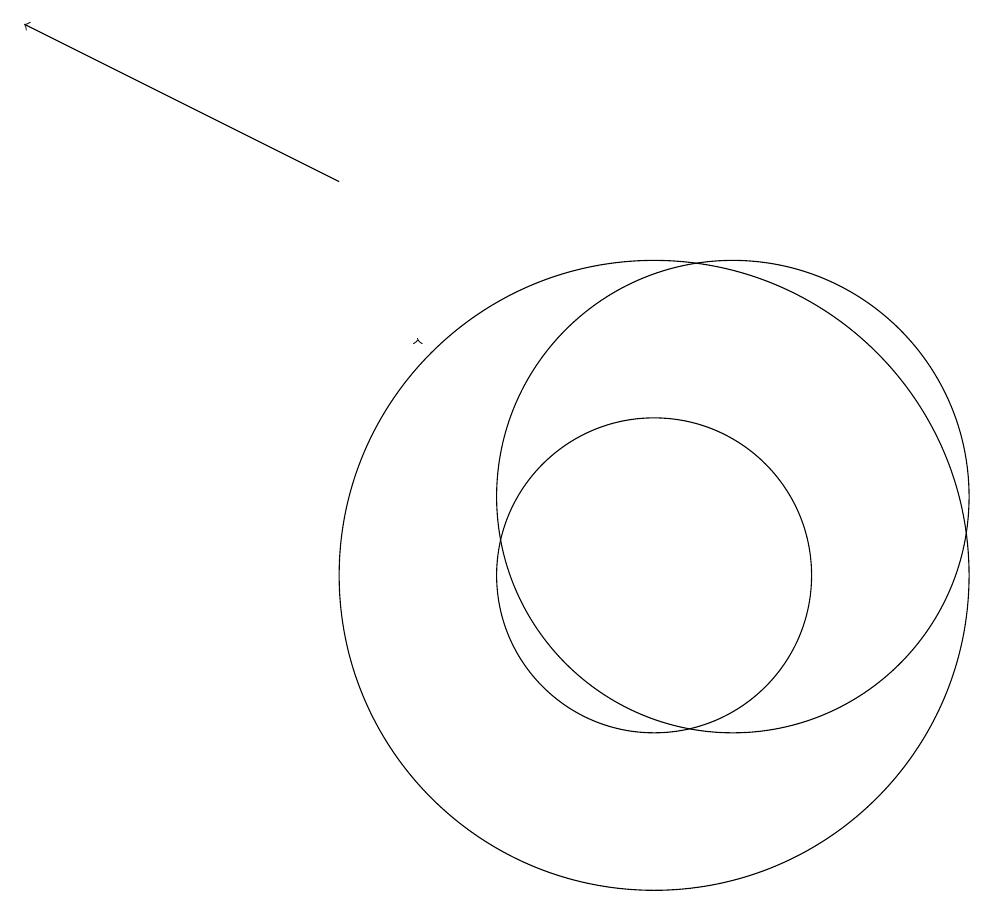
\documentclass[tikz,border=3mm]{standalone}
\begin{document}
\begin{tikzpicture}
\draw (12,11) circle (3);
\draw (11,10) circle (2);
\draw[->] (7,15) -- (3,17);
\draw (11,10) circle (4);
\draw[->] (8,13) -- (8,13);
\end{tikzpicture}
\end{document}